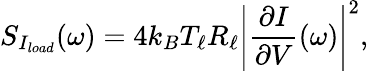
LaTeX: S_{I_{load}}(\omega)=4k_{B}T_{\ell}R_{\ell}\left|\frac{\partial I}{\partial V}(\omega)\right|^{2},